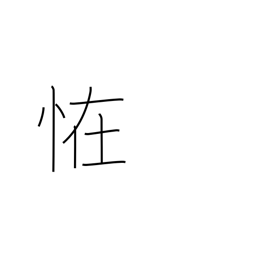
Meaning: mystery